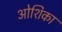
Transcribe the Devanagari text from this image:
ओशिका